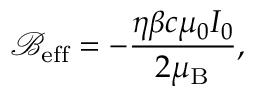
\mathcal { B } _ { \mathrm { e f f } } = - \frac { \eta \beta c \mu _ { 0 } I _ { 0 } } { 2 \mu _ { \mathrm { B } } } ,